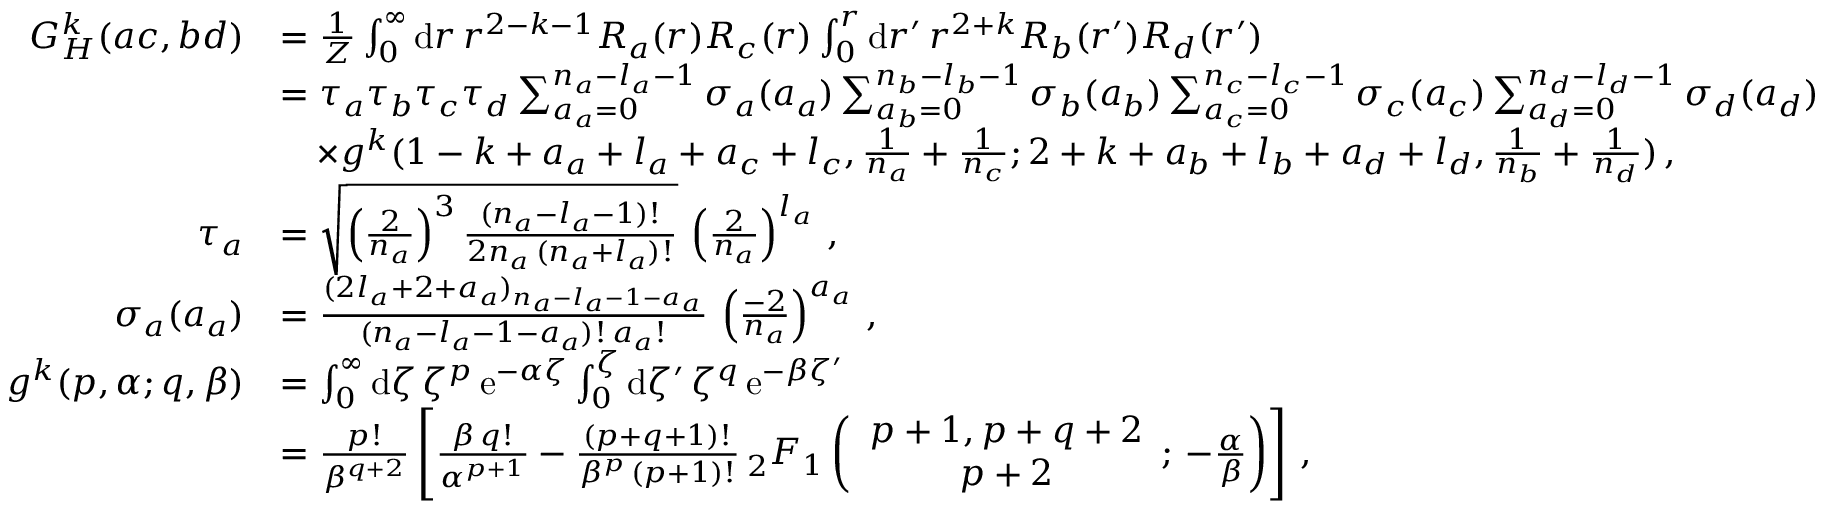
\begin{array} { r l } { G _ { H } ^ { k } ( a c , b d ) } & { = \frac { 1 } { Z } \int _ { 0 } ^ { \infty } \mathrm { d } r \, r ^ { 2 - k - 1 } R _ { a } ( r ) R _ { c } ( r ) \int _ { 0 } ^ { r } \mathrm { d } r ^ { \prime } \, r ^ { 2 + k } R _ { b } ( r ^ { \prime } ) R _ { d } ( r ^ { \prime } ) } \\ & { = \tau _ { a } \tau _ { b } \tau _ { c } \tau _ { d } \sum _ { a _ { a } = 0 } ^ { n _ { a } - l _ { a } - 1 } \sigma _ { a } ( a _ { a } ) \sum _ { a _ { b } = 0 } ^ { n _ { b } - l _ { b } - 1 } \sigma _ { b } ( a _ { b } ) \sum _ { a _ { c } = 0 } ^ { n _ { c } - l _ { c } - 1 } \sigma _ { c } ( a _ { c } ) \sum _ { a _ { d } = 0 } ^ { n _ { d } - l _ { d } - 1 } \sigma _ { d } ( a _ { d } ) } \\ & { \quad \times g ^ { k } ( 1 - k + a _ { a } + l _ { a } + a _ { c } + l _ { c } , \frac { 1 } { n _ { a } } + \frac { 1 } { n _ { c } } ; 2 + k + a _ { b } + l _ { b } + a _ { d } + l _ { d } , \frac { 1 } { n _ { b } } + \frac { 1 } { n _ { d } } ) \, , } \\ { \tau _ { a } } & { = \sqrt { \left( \frac { 2 } { n _ { a } } \right) ^ { 3 } \frac { ( n _ { a } - l _ { a } - 1 ) ! } { 2 n _ { a } \, ( n _ { a } + l _ { a } ) ! } } \, \left( \frac { 2 } { n _ { a } } \right) ^ { l _ { a } } \, , } \\ { \sigma _ { a } ( a _ { a } ) } & { = \frac { ( 2 l _ { a } + 2 + a _ { a } ) _ { n _ { a } - l _ { a } - 1 - a _ { a } } } { ( n _ { a } - l _ { a } - 1 - a _ { a } ) ! \, a _ { a } ! } \, \left( \frac { - 2 } { n _ { a } } \right) ^ { a _ { a } } \, , } \\ { g ^ { k } ( p , \alpha ; q , \beta ) } & { = \int _ { 0 } ^ { \infty } \mathrm { d } \zeta \, \zeta ^ { p } \, \mathrm { e } ^ { - \alpha \zeta } \int _ { 0 } ^ { \zeta } \mathrm { d } \zeta ^ { \prime } \, \zeta ^ { q } \, \mathrm { e } ^ { - \beta \zeta ^ { \prime } } } \\ & { = \frac { p ! } { \beta ^ { q + 2 } } \left[ \frac { \beta \, q ! } { \alpha ^ { p + 1 } } - \frac { ( p + q + 1 ) ! } { \beta ^ { p } \, ( p + 1 ) ! } \, { _ 2 F _ { 1 } } \left( \begin{array} { c } { p + 1 , p + q + 2 } \\ { p + 2 } \end{array} ; \, - \frac { \alpha } { \beta } \right) \right] \, , } \end{array}